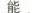
能